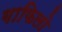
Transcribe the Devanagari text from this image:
गाफिलो